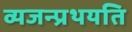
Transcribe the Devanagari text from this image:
व्यजन्प्रथयति